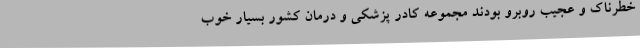
خطرناک و عجیب روبرو بودند مجموعه کادر پزشکی و درمان کشور بسیار خوب